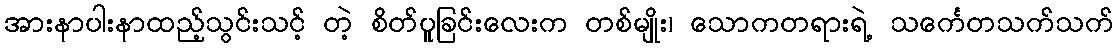
အားနာပါးနာထည့်သွင်းသင့် တဲ့ စိတ်ပူခြင်းလေးက တစ်မျိုး၊ သောကတရားရဲ့ သင်္ကေတသက်သက်